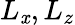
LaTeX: L_{\mathit{x}},L_{z}